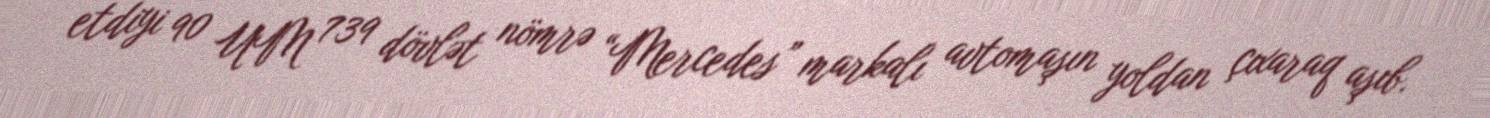
etdiyi 90 UM 739 dövlət nömrə “Mercedes” markalı avtomaşın yoldan çıxaraq aşıb.